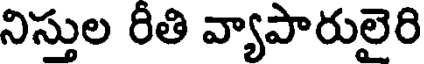
నిస్తుల రీతి వ్యాపారులైరి